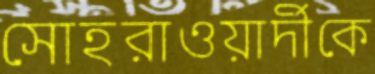
সোহরাওয়ার্দীকে